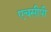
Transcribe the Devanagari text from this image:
एचसीपी